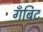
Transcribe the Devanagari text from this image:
गँबिट